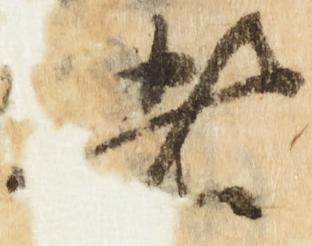
者